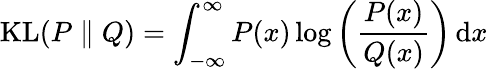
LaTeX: \mathrm{KL}(P\parallel Q)=\int_{-\infty}^{\infty}P(x)\log\left(\frac{P(x)}{Q(x)}\right)\, \mathrm{d}x